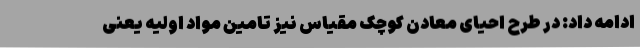
ادامه داد: در طرح احیای معادن کوچک مقیاس نیز تامین مواد اولیه یعنی